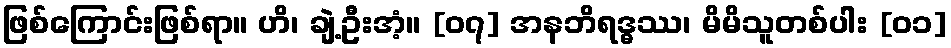
ဖြစ်ကြောင်းဖြစ်ရာ။ ဟိ၊ ချဲ့ဦးအံ့။ [၀၇] အနဘိရဒ္ဓဿ၊ မိမိသူတစ်ပါး [၀၁]